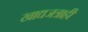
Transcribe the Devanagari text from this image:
खाद्यजत्राही